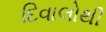
દિવાલોથી